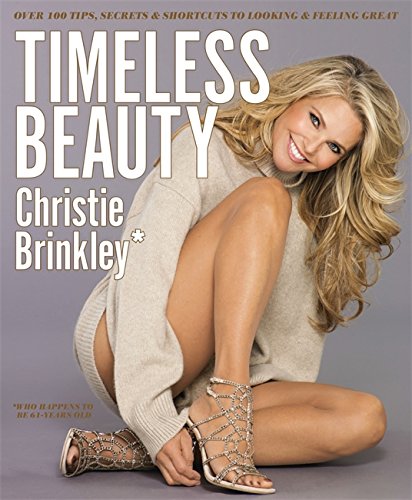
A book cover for Timeless Beauty: Over 100 Tips, Secrets, and Shortcuts to Looking Great; Christie Brinkley; Health, Fitness & Dieting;